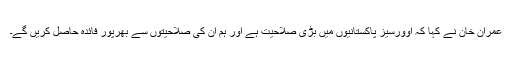
عمران خان نے کہا کہ اوورسیز پاکستانیوں میں بڑی صلاحیت ہے اور ہم ان کی صلاحیتوں سے بھرپور فائدہ حاصل کریں گے۔